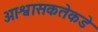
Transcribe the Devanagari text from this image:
आश्वासकतेकडे